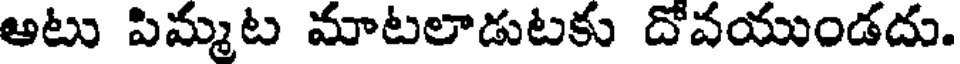
ఆటు పిమ్మట మాటలాడుటకు దోవయుండదు.